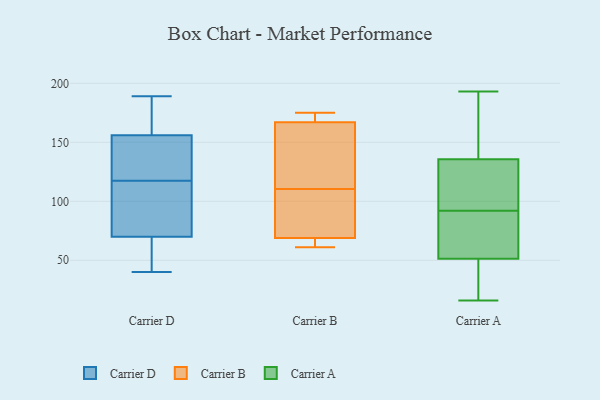
{"axis": {"x": "Temperature (°C)", "y": "Value"}, "legend": ["Carrier A", "Carrier B", "Carrier D"], "data": [{"x": "", "y": 173, "type": "Carrier D"}, {"x": "", "y": 118, "type": "Carrier D"}, {"x": "", "y": 189, "type": "Carrier D"}, {"x": "", "y": 115, "type": "Carrier D"}, {"x": "", "y": 40, "type": "Carrier D"}, {"x": "", "y": 142, "type": "Carrier D"}, {"x": "", "y": 144, "type": "Carrier D"}, {"x": "", "y": 156, "type": "Carrier D"}, {"x": "", "y": 67, "type": "Carrier D"}, {"x": "", "y": 175, "type": "Carrier D"}, {"x": "", "y": 117, "type": "Carrier D"}, {"x": "", "y": 70, "type": "Carrier D"}, {"x": "", "y": 62, "type": "Carrier D"}, {"x": "", "y": 105, "type": "Carrier D"}, {"x": "", "y": 69, "type": "Carrier B"}, {"x": "", "y": 61, "type": "Carrier B"}, {"x": "", "y": 167, "type": "Carrier B"}, {"x": "", "y": 66, "type": "Carrier B"}, {"x": "", "y": 175, "type": "Carrier B"}, {"x": "", "y": 169, "type": "Carrier B"}, {"x": "", "y": 124, "type": "Carrier B"}, {"x": "", "y": 79, "type": "Carrier B"}, {"x": "", "y": 97, "type": "Carrier B"}, {"x": "", "y": 154, "type": "Carrier B"}, {"x": "", "y": 140, "type": "Carrier A"}, {"x": "", "y": 80, "type": "Carrier A"}, {"x": "", "y": 100, "type": "Carrier A"}, {"x": "", "y": 76, "type": "Carrier A"}, {"x": "", "y": 175, "type": "Carrier A"}, {"x": "", "y": 109, "type": "Carrier A"}, {"x": "", "y": 186, "type": "Carrier A"}, {"x": "", "y": 70, "type": "Carrier A"}, {"x": "", "y": 45, "type": "Carrier A"}, {"x": "", "y": 16, "type": "Carrier A"}, {"x": "", "y": 193, "type": "Carrier A"}, {"x": "", "y": 123, "type": "Carrier A"}, {"x": "", "y": 33, "type": "Carrier A"}, {"x": "", "y": 92, "type": "Carrier A"}, {"x": "", "y": 41, "type": "Carrier A"}]}